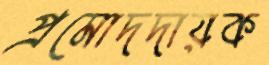
প্রমোদদায়ক